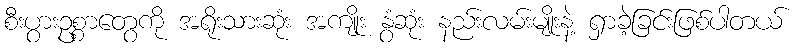
စီးပွားဥစ္စာတွေကို အရိုးသားဆုံး အကျိုး နွံဆုံး နည်းလမ်းမျိုးနဲ့ ရှာခဲ့ခြင်းဖြစ်ပါတယ်